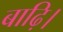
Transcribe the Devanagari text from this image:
बाढ़ि।